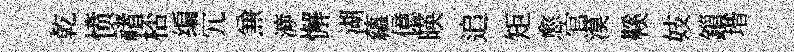
乾愤禇桮编冗𠔥㴑懈湖蘊億暎追矩愈官漠鞵妓鎻堦